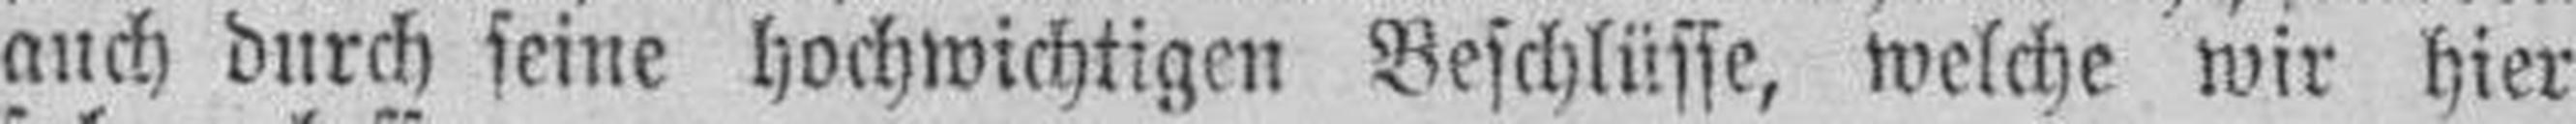
auch durch seine hochwichtigen Beschlüsse, welche wir hier